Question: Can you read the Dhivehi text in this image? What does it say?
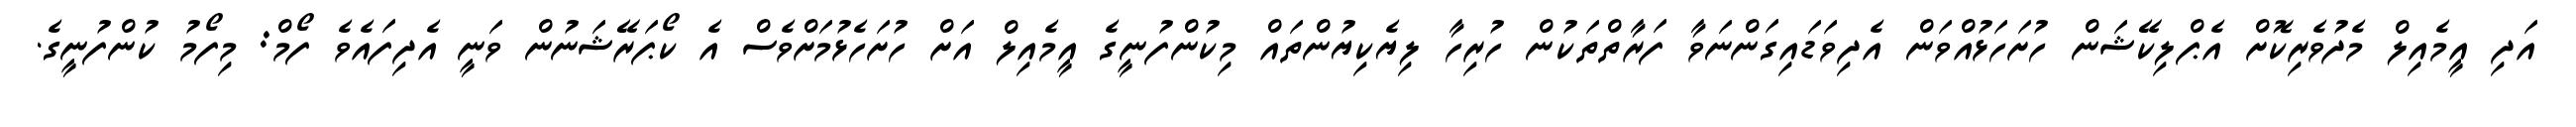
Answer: އަދި އީމެއިލް މެދުވެރިކޮށް އެޕްލިކޭޝަން ހުށަހަޅުއްވަން އެދިވަޑައިގަންނަވާ ފަރާތްތަކުން ހުރިހާ ލިޔެކިޔުންތައް މިކުންފުނީގެ އީމެއިލް އަށް ހުށަހެޅުމަށްވެސް އެ ކޯޕަރޭޝަނުން ވަނީ އެދިފައެވެ ފޯމް: މިފޯމު ކުންފުނީގެ.